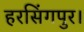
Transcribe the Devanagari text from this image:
हरसिंगपुर।